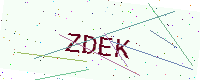
Text: ZDEK